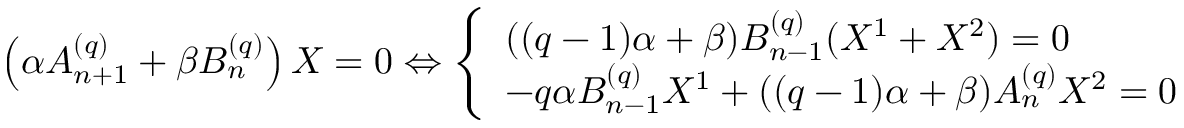
\begin{array} { r } { \left( \alpha A _ { n + 1 } ^ { ( q ) } + \beta B _ { n } ^ { ( q ) } \right) X = 0 \Leftrightarrow \left\{ \begin{array} { l l } { ( ( q - 1 ) \alpha + \beta ) B _ { n - 1 } ^ { ( q ) } ( X ^ { 1 } + X ^ { 2 } ) = 0 } \\ { - q \alpha B _ { n - 1 } ^ { ( q ) } X ^ { 1 } + ( ( q - 1 ) \alpha + \beta ) A _ { n } ^ { ( q ) } X ^ { 2 } = 0 } \end{array} \right. } \end{array}